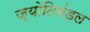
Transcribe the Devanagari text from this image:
ज्योतिमंडल